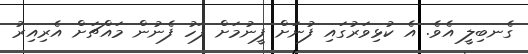
ގެނބިލީ އެވެ. އެ ކުޅިވަރުގައި ފުނަށް ފީނުމަށް ފަހު ފެނުން މައްޗަށް އެރިއިރު